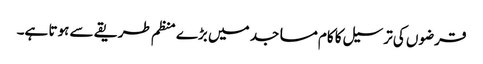
قرضوں کی ترسیل کا کام مساجد میں بڑے منظم طریقے سے ہوتا ہے۔